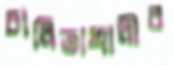
চালিতাখালীর